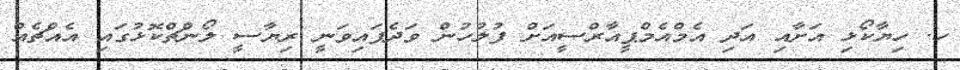
ހ. ހިޔާކޯޅި އަށާއި އަދި އެމްއެމްޕީއާރްސީއަށް ފުލުހުން ވަދެފައިވަނީ ރިޔާސީ ލޯންޗްކޮޅުގައި އެއްޗެއް